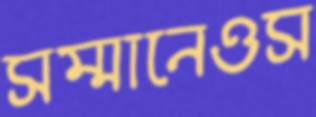
সম্মানেওস